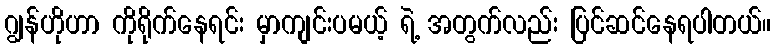
ဂျွန်ဟိုဟာ ကိုရိုက်နေရင်း မှာကျင်းပမယ့် ရဲ့ အတွက်လည်း ပြင်ဆင်နေရပါတယ်။